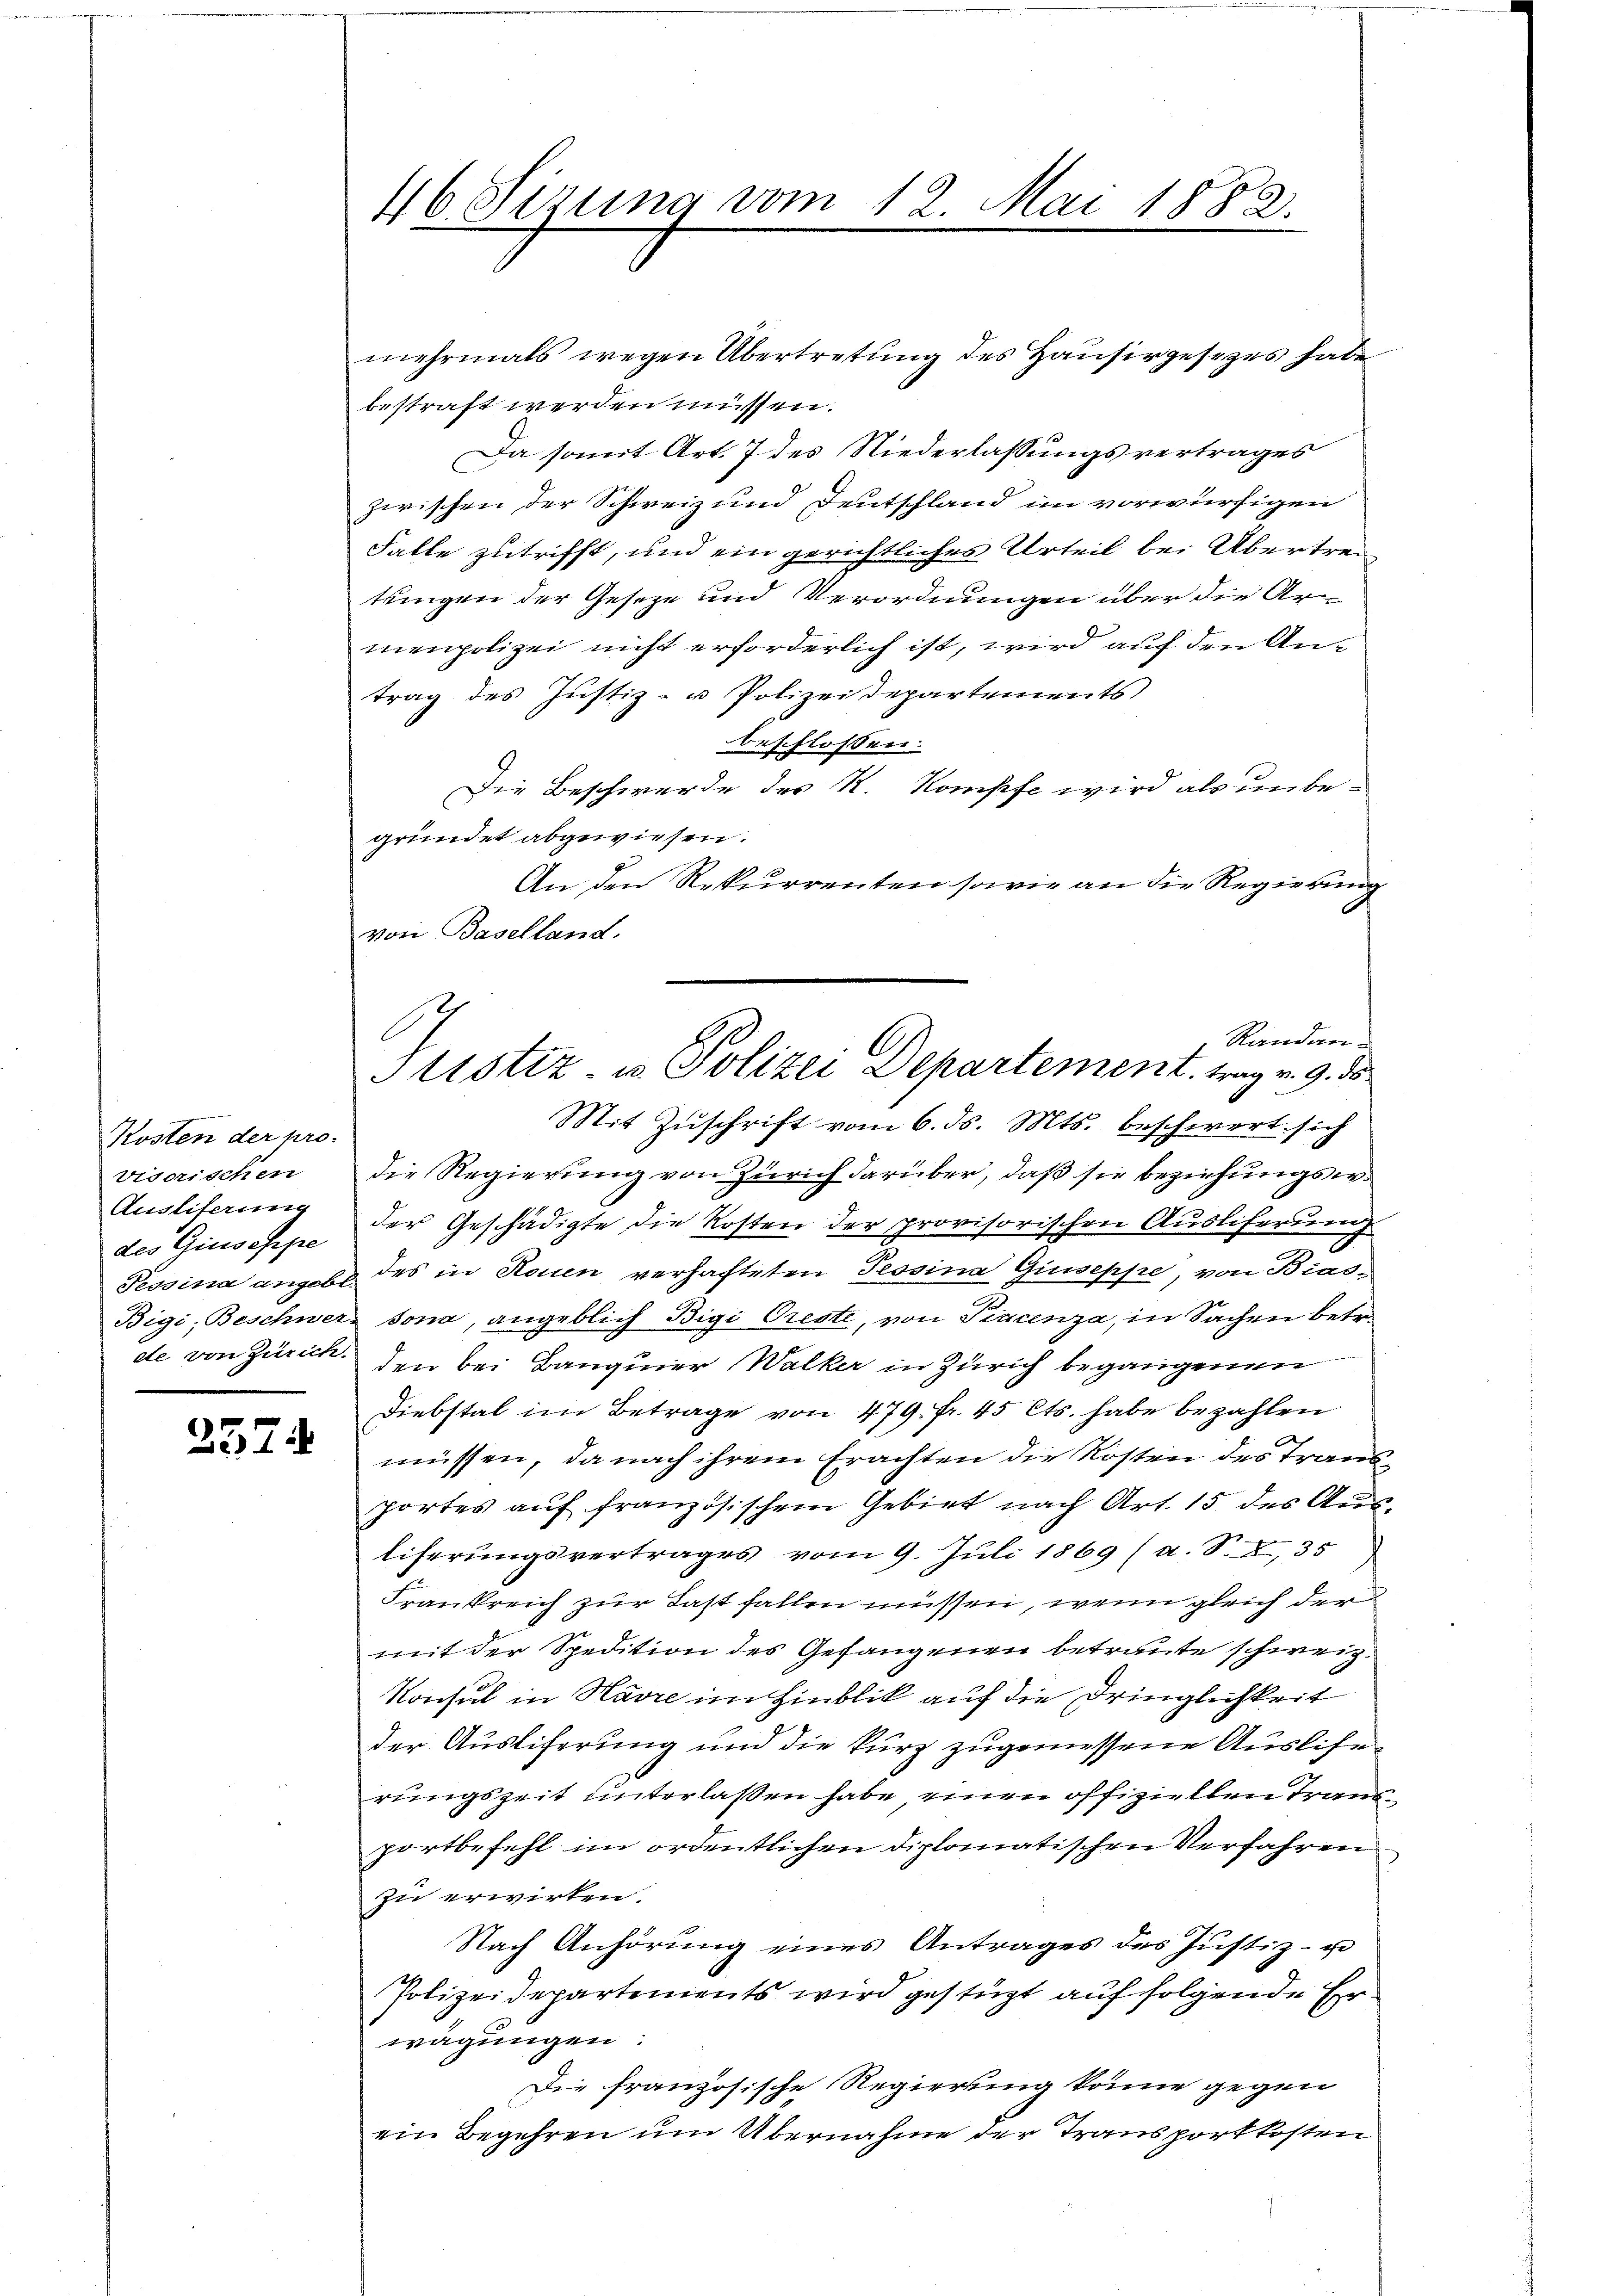
Kosten der pro-
visorischen
Ausliferung
des Giuseppe

257.

46 Sizung vom 12. Mai 1882.

Justiz u. Polizei Departement, trag v. 9. d

mehrmals wegen Übertretung des Hausirgesezes habe
bestraft werden müssen.
Da somit Art. 7 des Niederlassungsvertrages
zwischen der Schweiz und Deutschland im vorwürfigen
Falle zutrifft, und ein gerichtliches Urteil bei Übertreitingen der Geseze und Verordnungen über die Armenpolizei nicht erforderlich ist, wird auf den Antrag des Justiz- u Polizeidepartements
beschlossen.
Die Beschwerde des K. Kompfe wird als unbegründet abgewiesen.
An den Rekurrenten sowie an die Regierung
von Baselland.
Randen.
Mit Zuschrift vom 6. ds. Mts. beschwert sich
die Regierung von Zürich darüber, daß sie beziehungsweder Geschädigte die Kosten der provisorischen Ausliferung
Pessina angebt des in Rouen verhafteten Tessina Giuseppe, von Bias-
Bigi, Beschwer, sona, angeblich Bigi Oreste, von Pincenza, in Sachen betr
de von Zürich. Den bei Banquier Walker in Zürich begangenen
Diebstal im Betrage von 479. fr. 45 Cts. habe bezahlen
müssen, da nach ihrem Erachten die Kosten des Transportes auf französischem Gebiet nach Art. 15 des Ausliferungsvertrages vom 9. Juli 1869 (a. S. X, 35
Frankreich zur Last fallen müssen, wenn gleich der
mit der Spedition des Gefangenen betraute schweiz.
Konsul in Havre im Hinblik auf die Dringlichkeit
der Ausliferung und die kurz zugemessene Auslierungszeit unterlaßen habe, einen offiziellen Trand
portbefehl im ordentlichen Diplomatischen Verfahren
zu erwirken.
Nach Anhörung eines Antrages des Justiz- u
Polizeidepartements wird gestüzt auf folgende Erwägungen:
Die französische Regierung könne gegen
ein Begehren um Übernahme der Transportkosten